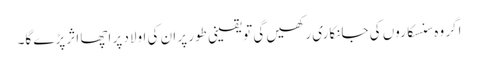
اگر وہ سنسکاروں کی جانکاری رکھیں گی تو یقینی طور پر ان کی اولاد پر اچھا اثر پڑے گا۔